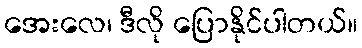
အေးလေ၊ ဒီလို ပြောနိုင်ပါတယ်။